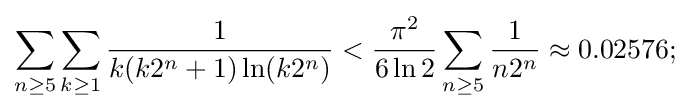
\sum _{n\geq 5}\sum _{k\geq 1}{\frac {1}{k(k2^{n}+1)\ln(k2^{n})}}<{\frac {\pi ^{2}}{6\ln 2}}\sum _{n\geq 5}{\frac {1}{n2^{n}}}\approx 0.02576;